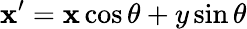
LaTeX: \mathbf{x}^{\prime}=\mathbf{x}\cos\theta+y\sin\theta